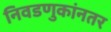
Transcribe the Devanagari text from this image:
निवडणुकांनतर